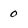
Character: 0